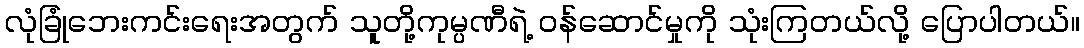
လုံခြုံဘေးကင်းရေးအတွက် သူတို့ကုမ္ပဏီရဲ့ ဝန်ဆောင်မှုကို သုံးကြတယ်လို့ ပြောပါတယ်။